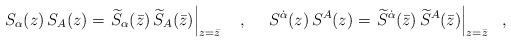
LaTeX: \begin{align*}S_\alpha(z) \,S_A(z)=\left.\widetilde S_\alpha(\bar z) \,\widetilde S_A(\bar z)\right|_{z=\bar z}~~~,~~~~S^{\dot\alpha}(z) \,S^A(z)=\left.\widetilde S^{\dot \alpha}(\bar z) \,\widetilde S^A(\bar z)\right|_{z=\bar z}~~,\end{align*}